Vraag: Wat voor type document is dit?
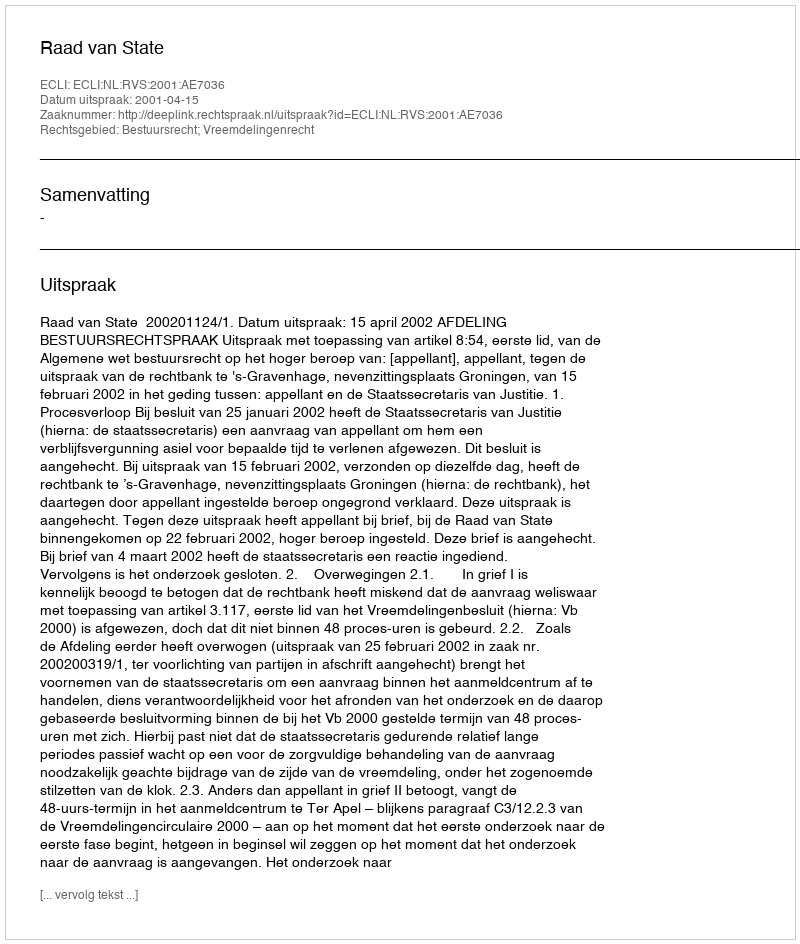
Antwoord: Uitspraak